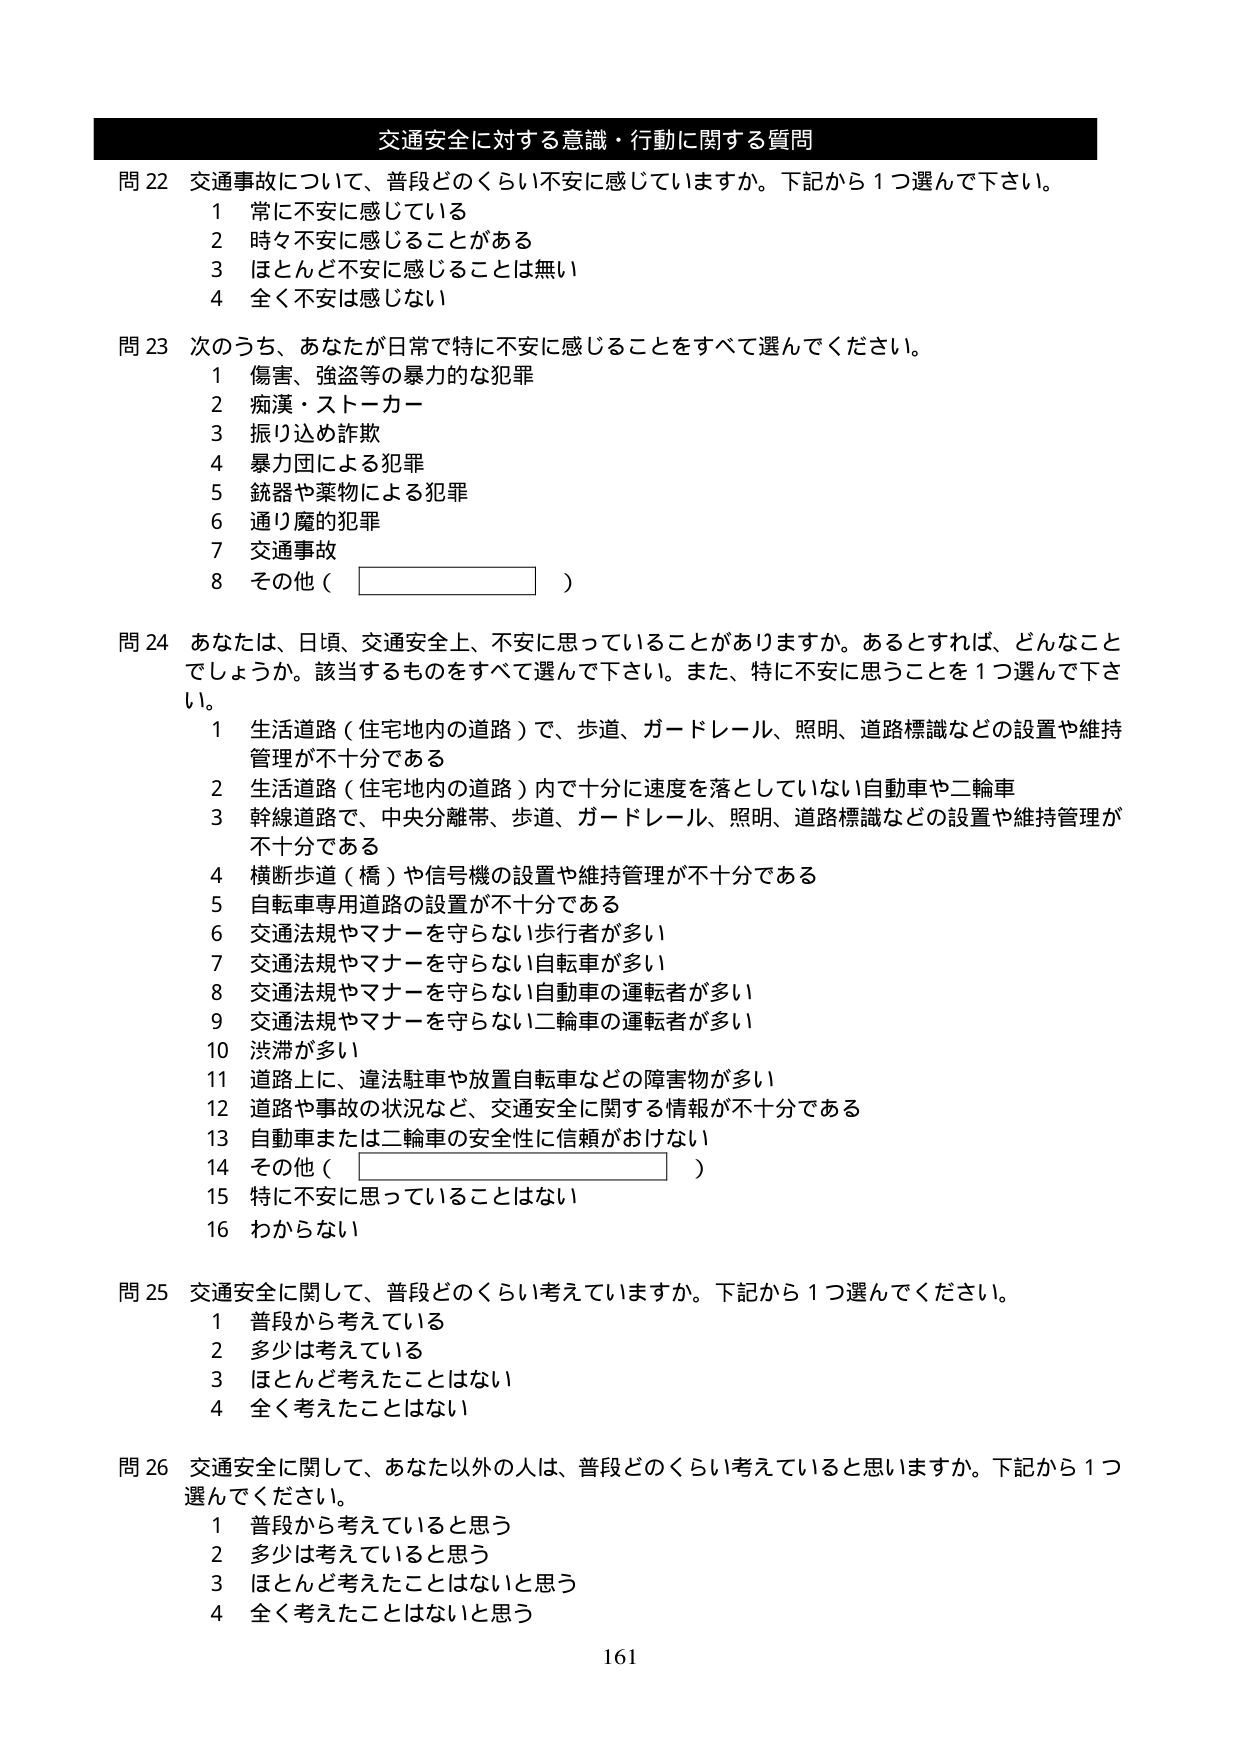
交通安全に対する意識・行動に関する質問

問 22 交通事故について、普段どのくらい不安に感じていますか。下記から1つ選んで下さい。
1 常に不安に感じている
2 時々不安に感じることがある
3 ほとんど不安に感じることは無い
4 全く不安は感じない

問 23 次のうち、あなたが日常で特に不安に感じることをすべて選んでください。
1 傷害、強盗等の暴力的な犯罪
2 痴漢・ストーカー
3 振り込め詐欺
4 暴力団による犯罪
5 銃器や薬物による犯罪
6 通り魔的犯罪
7 交通事故
8 その他（　　　　　　　　）

問 24 あなたは、日頃、交通安全上、不安に思っていることがありますか。あるとすれば、どんなことでしょうか。該当するものをすべて選んで下さい。また、特に不安に思うことを1つ選んで下さい。
1 生活道路（住宅地内の道路）で、歩道、ガードレール、照明、道路標識などの設置や維持管理が不十分である
2 生活道路（住宅地内の道路）内で十分に速度を落としていない自動車や二輪車
3 幹線道路で、中央分離帯、歩道、ガードレール、照明、道路標識などの設置や維持管理が不十分である
4 横断歩道（橋）や信号機の設置や維持管理が不十分である
5 自転車専用道路の設置が不十分である
6 交通法規やマナーを守らない歩行者が多い
7 交通法規やマナーを守らない自転車が多い
8 交通法規やマナーを守らない自動車の運転者が多い
9 交通法規やマナーを守らない二輪車の運転者が多い
10 渋滞が多い
11 道路上に、違法駐車や放置自転車などの障害物が多い
12 道路や事故の状況など、交通安全に関する情報が不十分である
13 自動車または二輪車の安全性に信頼がおけない
14 その他（　　　　　　　　）
15 特に不安に思っていることはない
16 わからない

問 25 交通安全に関して、普段どのくらい考えていますか。下記から1つ選んでください。
1 普段から考えている
2 多少は考えている
3 ほとんど考えたことはない
4 全く考えたことはない

問 26 交通安全に関して、あなた以外の人は、普段どのくらい考えていると思いますか。下記から1つ選んでください。
1 普段から考えていると思う
2 多少は考えていると思う
3 ほとんど考えたことはないと思う
4 全く考えたことはないと思う

161